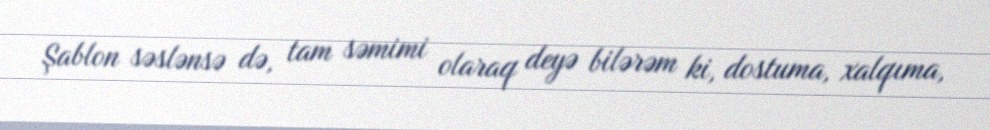
Şablon səslənsə də, tam səmimi olaraq deyə bilərəm ki, dostuma, xalqıma,